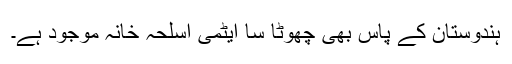
ہندوستان کے پاس بھی چھوٹا سا ایٹمی اسلحہ خانہ موجود ہے۔